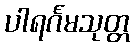
ပါရင်္ဂမသုတ္တ